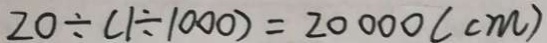
2 0 \div ( 1 \div 1 0 0 0 ) = 2 0 0 0 0 ( c m )